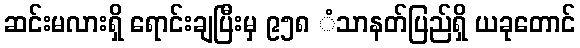
ဆင်းမလားရှိ ရောင်းချပြီးမှ ၉၅၈ ံသာနတ်ပြည်ရှိ ယခုတောင်